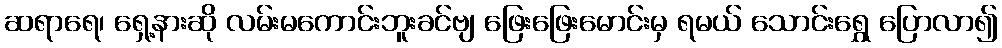
ဆရာရေ၊ ရှေ့နားဆို လမ်းမကောင်းဘူးခင်ဗျ ဖြေးဖြေးမောင်းမှ ရမယ် သောင်းရွှေ ပြောလာ၍